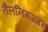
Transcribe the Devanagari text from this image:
तैलनिमज्जन